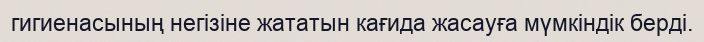
гигиенасының негізіне жататын кағида жасауға мүмкіндік берді.